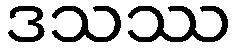
ဒသဿ